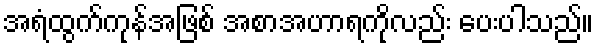
အရံထွက်ကုန်အဖြစ် အစာအဟာရကိုလည်း ပေးပါသည်။